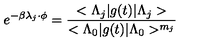
e ^ { - \beta \lambda _ { j } \cdot \phi } = \frac { < \Lambda _ { j } | g ( t ) | \Lambda _ { j } > } { < \Lambda _ { 0 } | g ( t ) | \Lambda _ { 0 } > ^ { m _ { j } } }